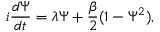
i { \frac { d \Psi } { d t } } = \lambda \Psi + { \frac { \beta } { 2 } } ( 1 - \Psi ^ { 2 } ) ,